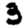
Digit: 3